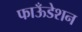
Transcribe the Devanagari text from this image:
फाऊँडेशन